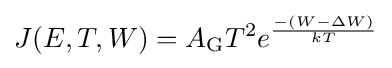
J(E,T,W)=A_{\mathrm {G} }T^{2}e^{-(W-\Delta W) \over kT}